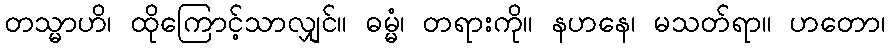
တသ္မာဟိ၊ ထိုကြောင့်သာလျှင်။ ဓမ္မံ၊ တရားကို။ နဟနေ၊ မသတ်ရာ။ ဟတော၊